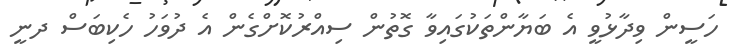
ހަސީން ވިދާޅުވީ އެ ބަޔާންތަކުގައިވާ ގޮތުން ސިއްރުކޮށްގެން އެ ދުވަހު ހެކިބަސް ދނީ